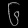
Digit: ၆